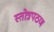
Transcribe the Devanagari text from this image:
स्तोत्रपठण